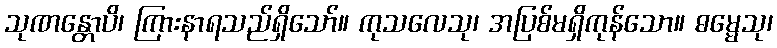
သုဏန္တောပိ၊ ကြားနာရသည်ရှိသော်။ ကုသလေသု၊ အပြစ်မရှိကုန်သော။ ဓမ္မေသု၊